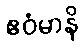
ဧဝံမာနိ